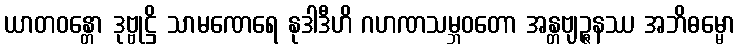
ယာတဝန္တော ဒုဗ္ဗုဋ္ဌိ သာမဏေရေ နုဒါဒီဟိ ဂဟဏသမ္ဘဝတော အန္တဗျဉ္ဇနဿ အဘိဓမ္မော